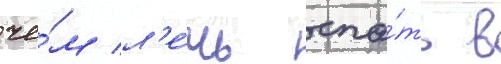
че́м л'е́чь спа́ть в